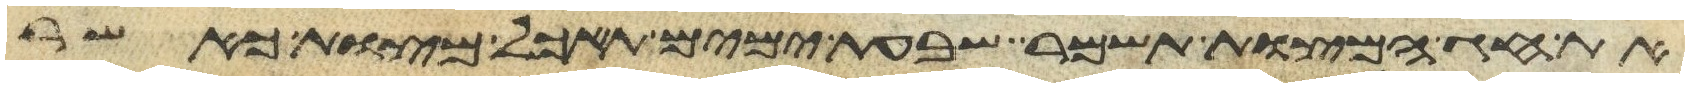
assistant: את חג המצות תשמר שבעת ימים תאכל מצות כאשר